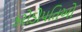
કરોડોપતિઓ